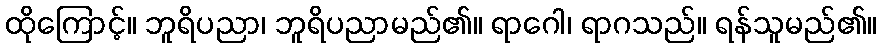
ထိုကြောင့်။ ဘူရိပညာ၊ ဘူရိပညာမည်၏။ ရာဂေါ၊ ရာဂသည်။ ရန်သူမည်၏။